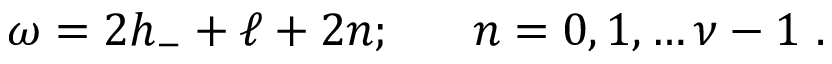
\omega = 2 h _ { - } + \ell + 2 n ; \ \ \ \ \ n = 0 , 1 , \ldots \nu - 1 \ .